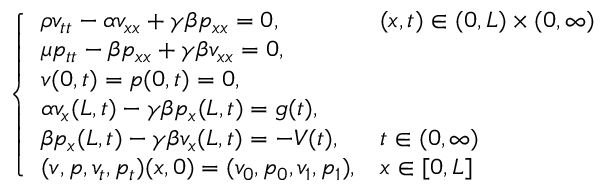
\left\{ \begin{array} { l l } { \rho v _ { t t } - \alpha v _ { x x } + \gamma \beta p _ { x x } = 0 , } & { ( x , t ) \in ( 0 , L ) \times ( 0 , \infty ) } \\ { \mu p _ { t t } - \beta p _ { x x } + \gamma \beta v _ { x x } = 0 , } & \\ { v ( 0 , t ) = p ( 0 , t ) = 0 , } & \\ { \alpha v _ { x } ( L , t ) - \gamma \beta p _ { x } ( L , t ) = g ( t ) , } & \\ { \beta p _ { x } ( L , t ) - \gamma \beta v _ { x } ( L , t ) = - V ( t ) , } & { t \in ( 0 , \infty ) } \\ { ( v , p , v _ { t } , p _ { t } ) ( x , 0 ) = ( v _ { 0 } , p _ { 0 } , v _ { 1 } , p _ { 1 } ) , } & { x \in [ 0 , L ] } \end{array} \right.